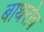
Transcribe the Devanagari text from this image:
बाथरोब